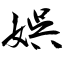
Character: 娯